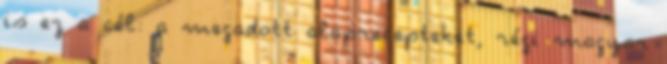
is ez a cél: a megadott alaprecepteket, régi magyar